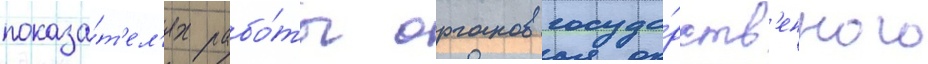
показа́т'ел'ях рабо́ты органов госуда́рств'енного